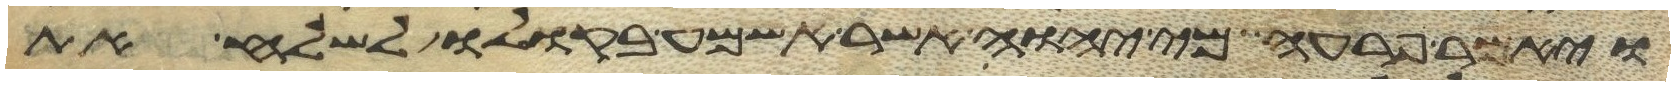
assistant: ויאמר פרעה מי יהוה אשר אשמע בקולו לשלח את